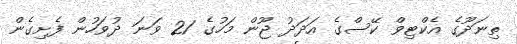
ތިނަދޫގެ އެކްޓިވް ކޭސްގެ އަދަދު ޖޫން މަހުގެ 21 ވަނަ ދުވަހުން ފެށިގެން